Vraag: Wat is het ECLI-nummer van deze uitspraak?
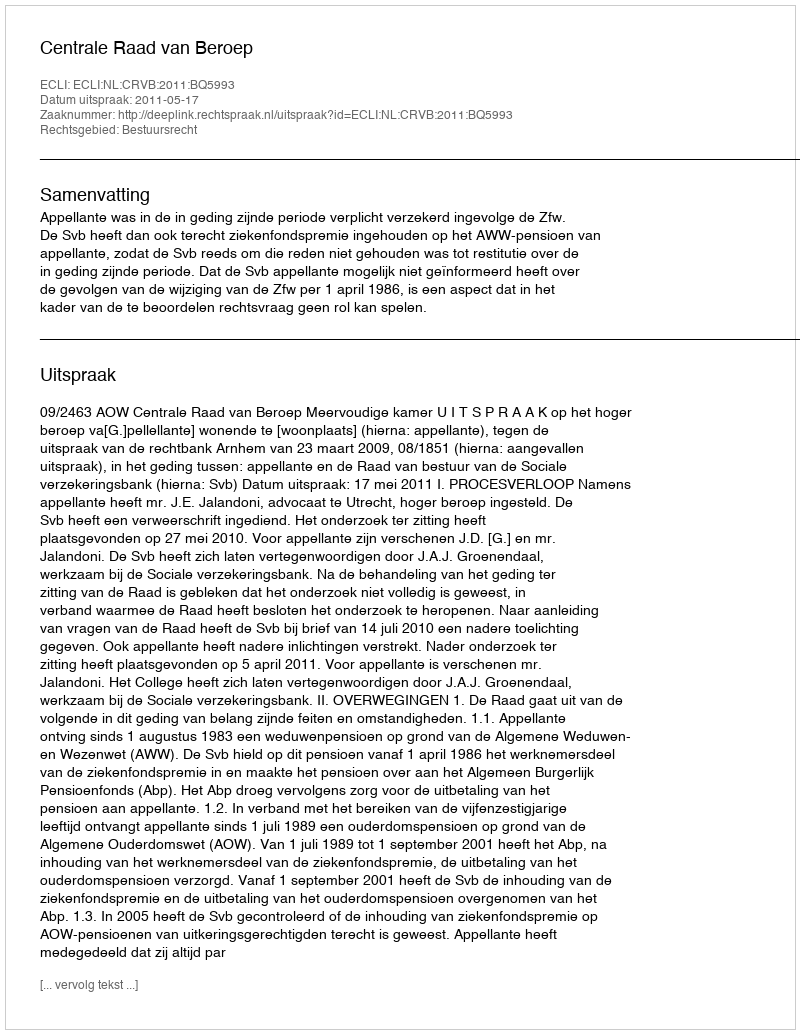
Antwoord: ECLI:NL:CRVB:2011:BQ5993